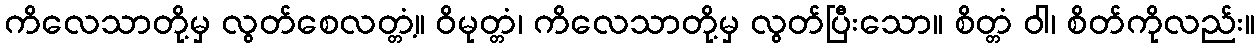
ကိလေသာတို့မှ လွတ်စေလတ္တံ့။ ဝိမုတ္တံ၊ ကိလေသာတို့မှ လွတ်ပြီးသော။ စိတ္တံ ဝါ၊ စိတ်ကိုလည်း။